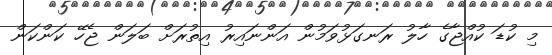
މި ކުޑަ ކުއްޖާގެ ހާލު ރަނގަޅުވަމުން އަންނައިރު އިތުރަށް ބަލަން ޖެހޭ ކަންކަން